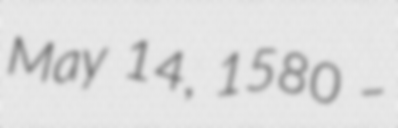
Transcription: May 14, 1580 –